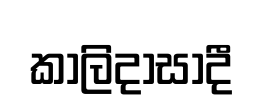
කාලිදාසාදී